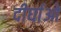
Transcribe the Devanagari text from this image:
दीर्घाओ